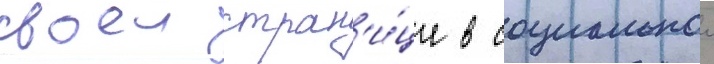
своеи стран'и́це в социальнои